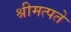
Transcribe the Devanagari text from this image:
श्रीमत्पते